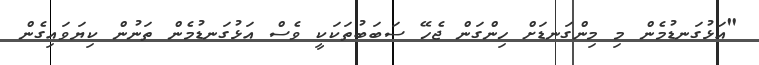
"އަޅުގަނޑުމެން މި މިންގަނޑަށް ހިންގަން ޖެހޭ ސަބަބުތަކަކީ ވެސް އަޅުގަނޑުމެން ތަނުން ކިޔަވައިގެން